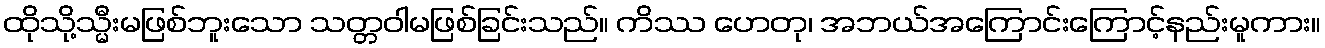
ထိုသို့သ္မီးမဖြစ်ဘူးသော သတ္တဝါမဖြစ်ခြင်းသည်။ ကိဿ ဟေတု၊ အဘယ်အကြောင်းကြောင့်နည်းမူကား။